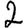
Digit: 2